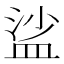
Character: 𥁲